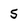
Character: 5